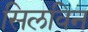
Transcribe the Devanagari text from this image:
सिलविन